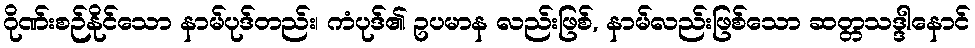
ဂိုဏ်းစဉ်နိုင်သော နာမ်ပုဒ်တည်း၊ ကံပုဒ်၏ ဥပမာန လည်းဖြစ်, နာမ်လည်းဖြစ်သော ဆတ္တသဒ္ဒါနောင်